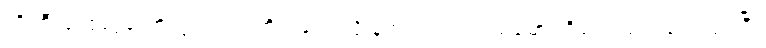
ကိုကြီးကျော်ပွဲတော်ကွင်းတွင် ဟိုတုန်းကလို နတ်ကရား ကြည့်မော့ ဟိုငေး သည်ငေးလုပ်ပြီး